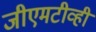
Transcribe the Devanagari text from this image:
जीएमटीव्ही